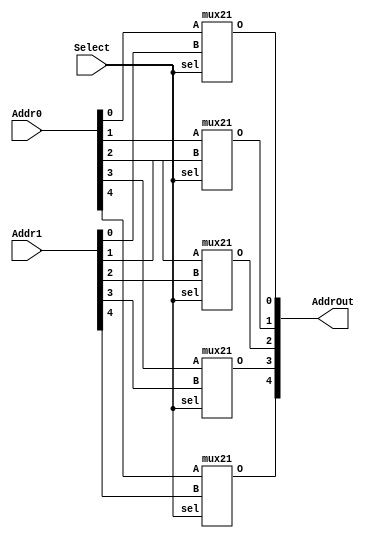
//fpga4student.com: FPga projects, Verilog projects, VHDL projects
// Verilog code for multiplexer 
 module mux2x5to5( AddrOut,Addr0, Addr1, Select);  
 output [4:0] AddrOut; // Address Out  
 input [4:0] Addr0, Addr1; // Address In 1 and 2  
 input Select;  
 mux21 mux0(AddrOut[0],Addr0[0],Addr1[0],Select);  
 mux21 mux1(AddrOut[1],Addr0[1],Addr1[1],Select);  
 mux21 mux2(AddrOut[2],Addr0[2],Addr1[2],Select);  
 mux21 mux3(AddrOut[3],Addr0[3],Addr1[3],Select);  
 mux21 mux4(AddrOut[4],Addr0[4],Addr1[4],Select);  
 endmodule  
 `timescale 1 ps / 100 fs  
 module mux21(O,A,B,sel);  
 // sel = 0 => O = A  
 // sel = 1 => O =B  
 output O;  
 input A,B,sel;  
 not #(50) not1(nsel,sel);  
 and #(50) and1(O1,A,nsel);   
 and #(50) and2(O2,B,sel);  
 or #(50) or2(O,O1,O2);  
 endmodule